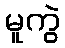
မူကွဲ